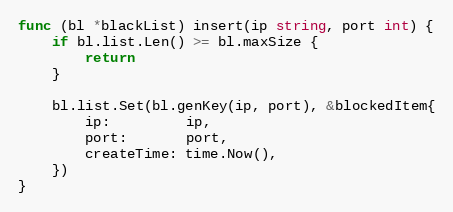
Language: Go
func (bl *blackList) insert(ip string, port int) {
	if bl.list.Len() >= bl.maxSize {
		return
	}

	bl.list.Set(bl.genKey(ip, port), &blockedItem{
		ip:         ip,
		port:       port,
		createTime: time.Now(),
	})
}